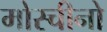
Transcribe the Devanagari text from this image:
मोस्चीनो